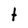
Character: t